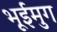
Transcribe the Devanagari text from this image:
भूईमुग